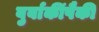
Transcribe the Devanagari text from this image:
बुर्बाकींपैकी